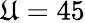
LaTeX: \mathfrak{U}=45